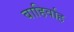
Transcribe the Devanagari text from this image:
बाहिर्वाह